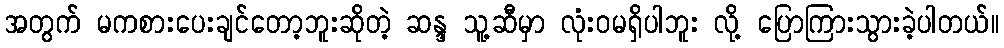
အတွက် မကစားပေးချင်တော့ဘူးဆိုတဲ့ ဆန္ဒ သူ့ဆီမှာ လုံးဝမရှိပါဘူး လို့ ပြောကြားသွားခဲ့ပါတယ်။